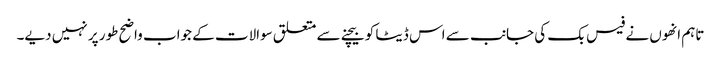
تاہم انھوں نے فیس بک کی جانب سے اس ڈیٹا کو بیچنے سے متعلق سوالات کے جواب واضح طور پر نہیں دیے۔